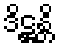
ဒိဋ္ဌန္တိ